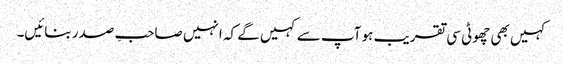
کہیں بھی چھوٹی سی تقریب ہو آپ سے کہیں گے کہ انہیں صاحبِ صدر بنائیں۔